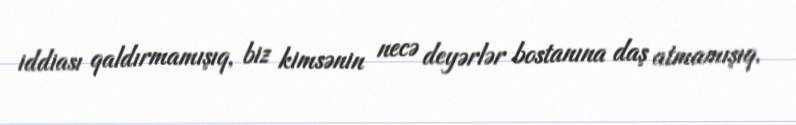
iddiası qaldırmamışıq, biz kimsənin necə deyərlər bostanına daş atmamışıq.